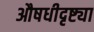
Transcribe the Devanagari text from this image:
औषधीदृष्ट्या